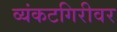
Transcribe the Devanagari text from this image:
व्यंकटगिरीवर